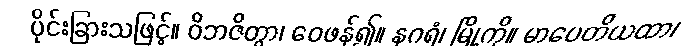
ပိုင်းခြားသဖြင့်။ ဝိဘဇိတွာ၊ ဝေဖန်၍။ နဂရံ၊ မြို့ကို။ မာပေတိယထာ၊